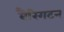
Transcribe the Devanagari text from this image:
बैरिगटन